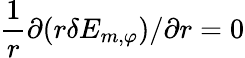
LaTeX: \frac{1}{r}{\partial}(r\delta E_{m,\varphi})/{\partial r}=0